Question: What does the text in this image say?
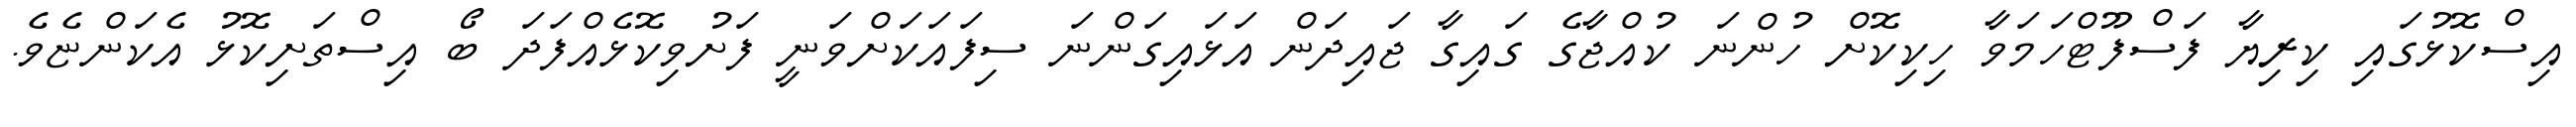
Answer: އިސްކޮޅުގައި ކިރިޔާ ފަސްފޫޓްހަމަވާ ހިކިކޮށް ހުންނަ ކުއްޖާގެ ގައިގާ ޖައިދަން އަޅައިގަންނަ ސިފައަކަށްވަނީ ފަށުވިކޮޅެއްފަދަ ބޯ އިސްތަށިކޮޅު އެކަންޏެވެ.